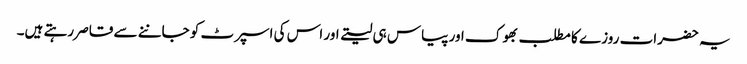
یہ حضرات روزے کا مطلب بھوک اور پیاس ہی لیتے اور اس کی اسپرٹ کو جاننے سے قاصر رہتے ہیں۔